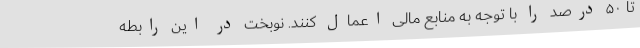
تا ۵۰ درصد را با توجه به منابع مالی اعمال کنند. نوبخت در این رابطه